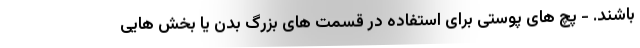
باشند. - پچ های پوستی برای استفاده در قسمت های بزرگ بدن یا بخش هایی